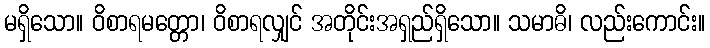
မရှိသော။ ဝိစာရမတ္တော၊ ဝိစာရလျှင် အတိုင်းအရှည်ရှိသော။ သမာဓိ၊ လည်းကောင်း။